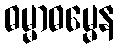
ဓမ္မာဓမ္မေန